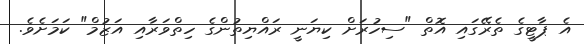
އެ ޕާޓީގެ ތެރޭގައި އޮތް "ސިހުރަށް ކިޔަނީ ރައްޔިތުންގެ ހިތްވަރާއި އަޒުމް" ކަމަށެވެ.